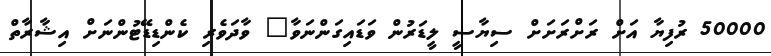
50000 ރުފިޔާ އަށް ރަށްރަށަށް ސިޔާސީ ލީޑަރުން ވަޑައިގަންނަވާ" ވާދަވެރި ކެންޑިޑޭޓުންނަށް އިޝާރާތް